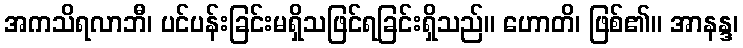
အကသိရလာဘီ၊ ပင်ပန်းခြင်းမရှိသဖြင်ရခြင်းရှိသည်။ ဟောတိ၊ ဖြစ်၏။ အာနန္ဒ၊